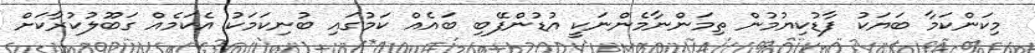
މިކަންކަމާ ބަޔަކު ފާޑުކިޔުމުން ތިމަންނާމެންނަކީ އުޑުންފޭބި ބައެއް ކަމުގައި ބުނިކަމަކު އެކަމެއް ގަބޫލުކުރާކަށް